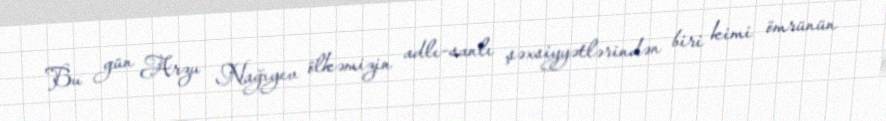
Bu gün Arzu Nağıyev ölkəmizin adlı-sanlı şəxsiyyətlərindən biri kimi ömrünün